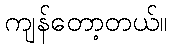
ကျန်တော့တယ်။